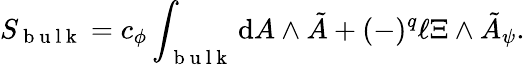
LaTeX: S_{\mathrm{~b~u~l~k~}}=c_{\phi}\int_{\mathrm{~b~u~l~k~}}\mathrm{d}A\wedge\tilde{A}+(-)^{q}\ell\Xi\wedge\tilde{A}_{\psi}.